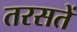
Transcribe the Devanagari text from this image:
तरसतें